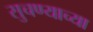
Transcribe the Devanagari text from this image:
सुचण्याच्या